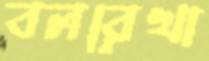
বলরেখা